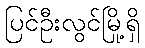
ပြင်ဦးလွင်မြို့ရှိ